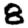
Digit: 8